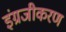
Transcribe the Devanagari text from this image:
इंग्रजीकरण